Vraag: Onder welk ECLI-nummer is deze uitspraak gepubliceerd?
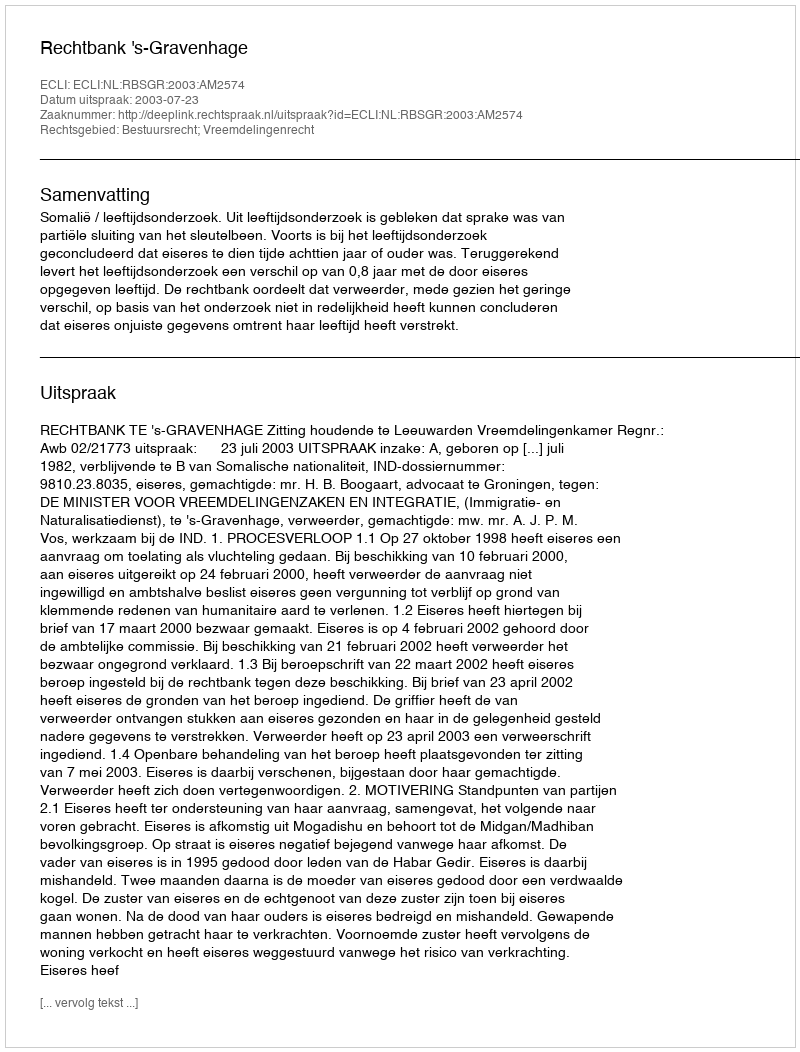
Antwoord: ECLI:NL:RBSGR:2003:AM2574